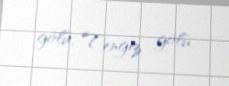
gölü, Tengiz gölü.